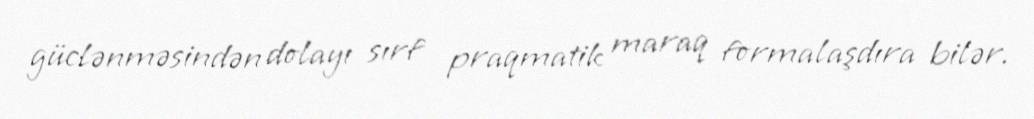
güclənməsindən dolayı sırf praqmatik maraq formalaşdıra bilər.